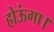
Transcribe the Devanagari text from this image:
होऊंगा।